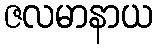
ဇလမာနာယ